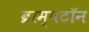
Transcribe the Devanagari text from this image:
ब्राम्पटॉन